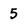
Character: 5